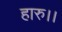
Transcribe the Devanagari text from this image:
हारु।।